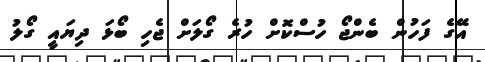
އޭގެ ފަހުން ބެންޖޯ ހުސްކޮށް ހުރެ ގޯލަށް ޖެހި ބޯޅަ ދިޔައީ ގޯލު